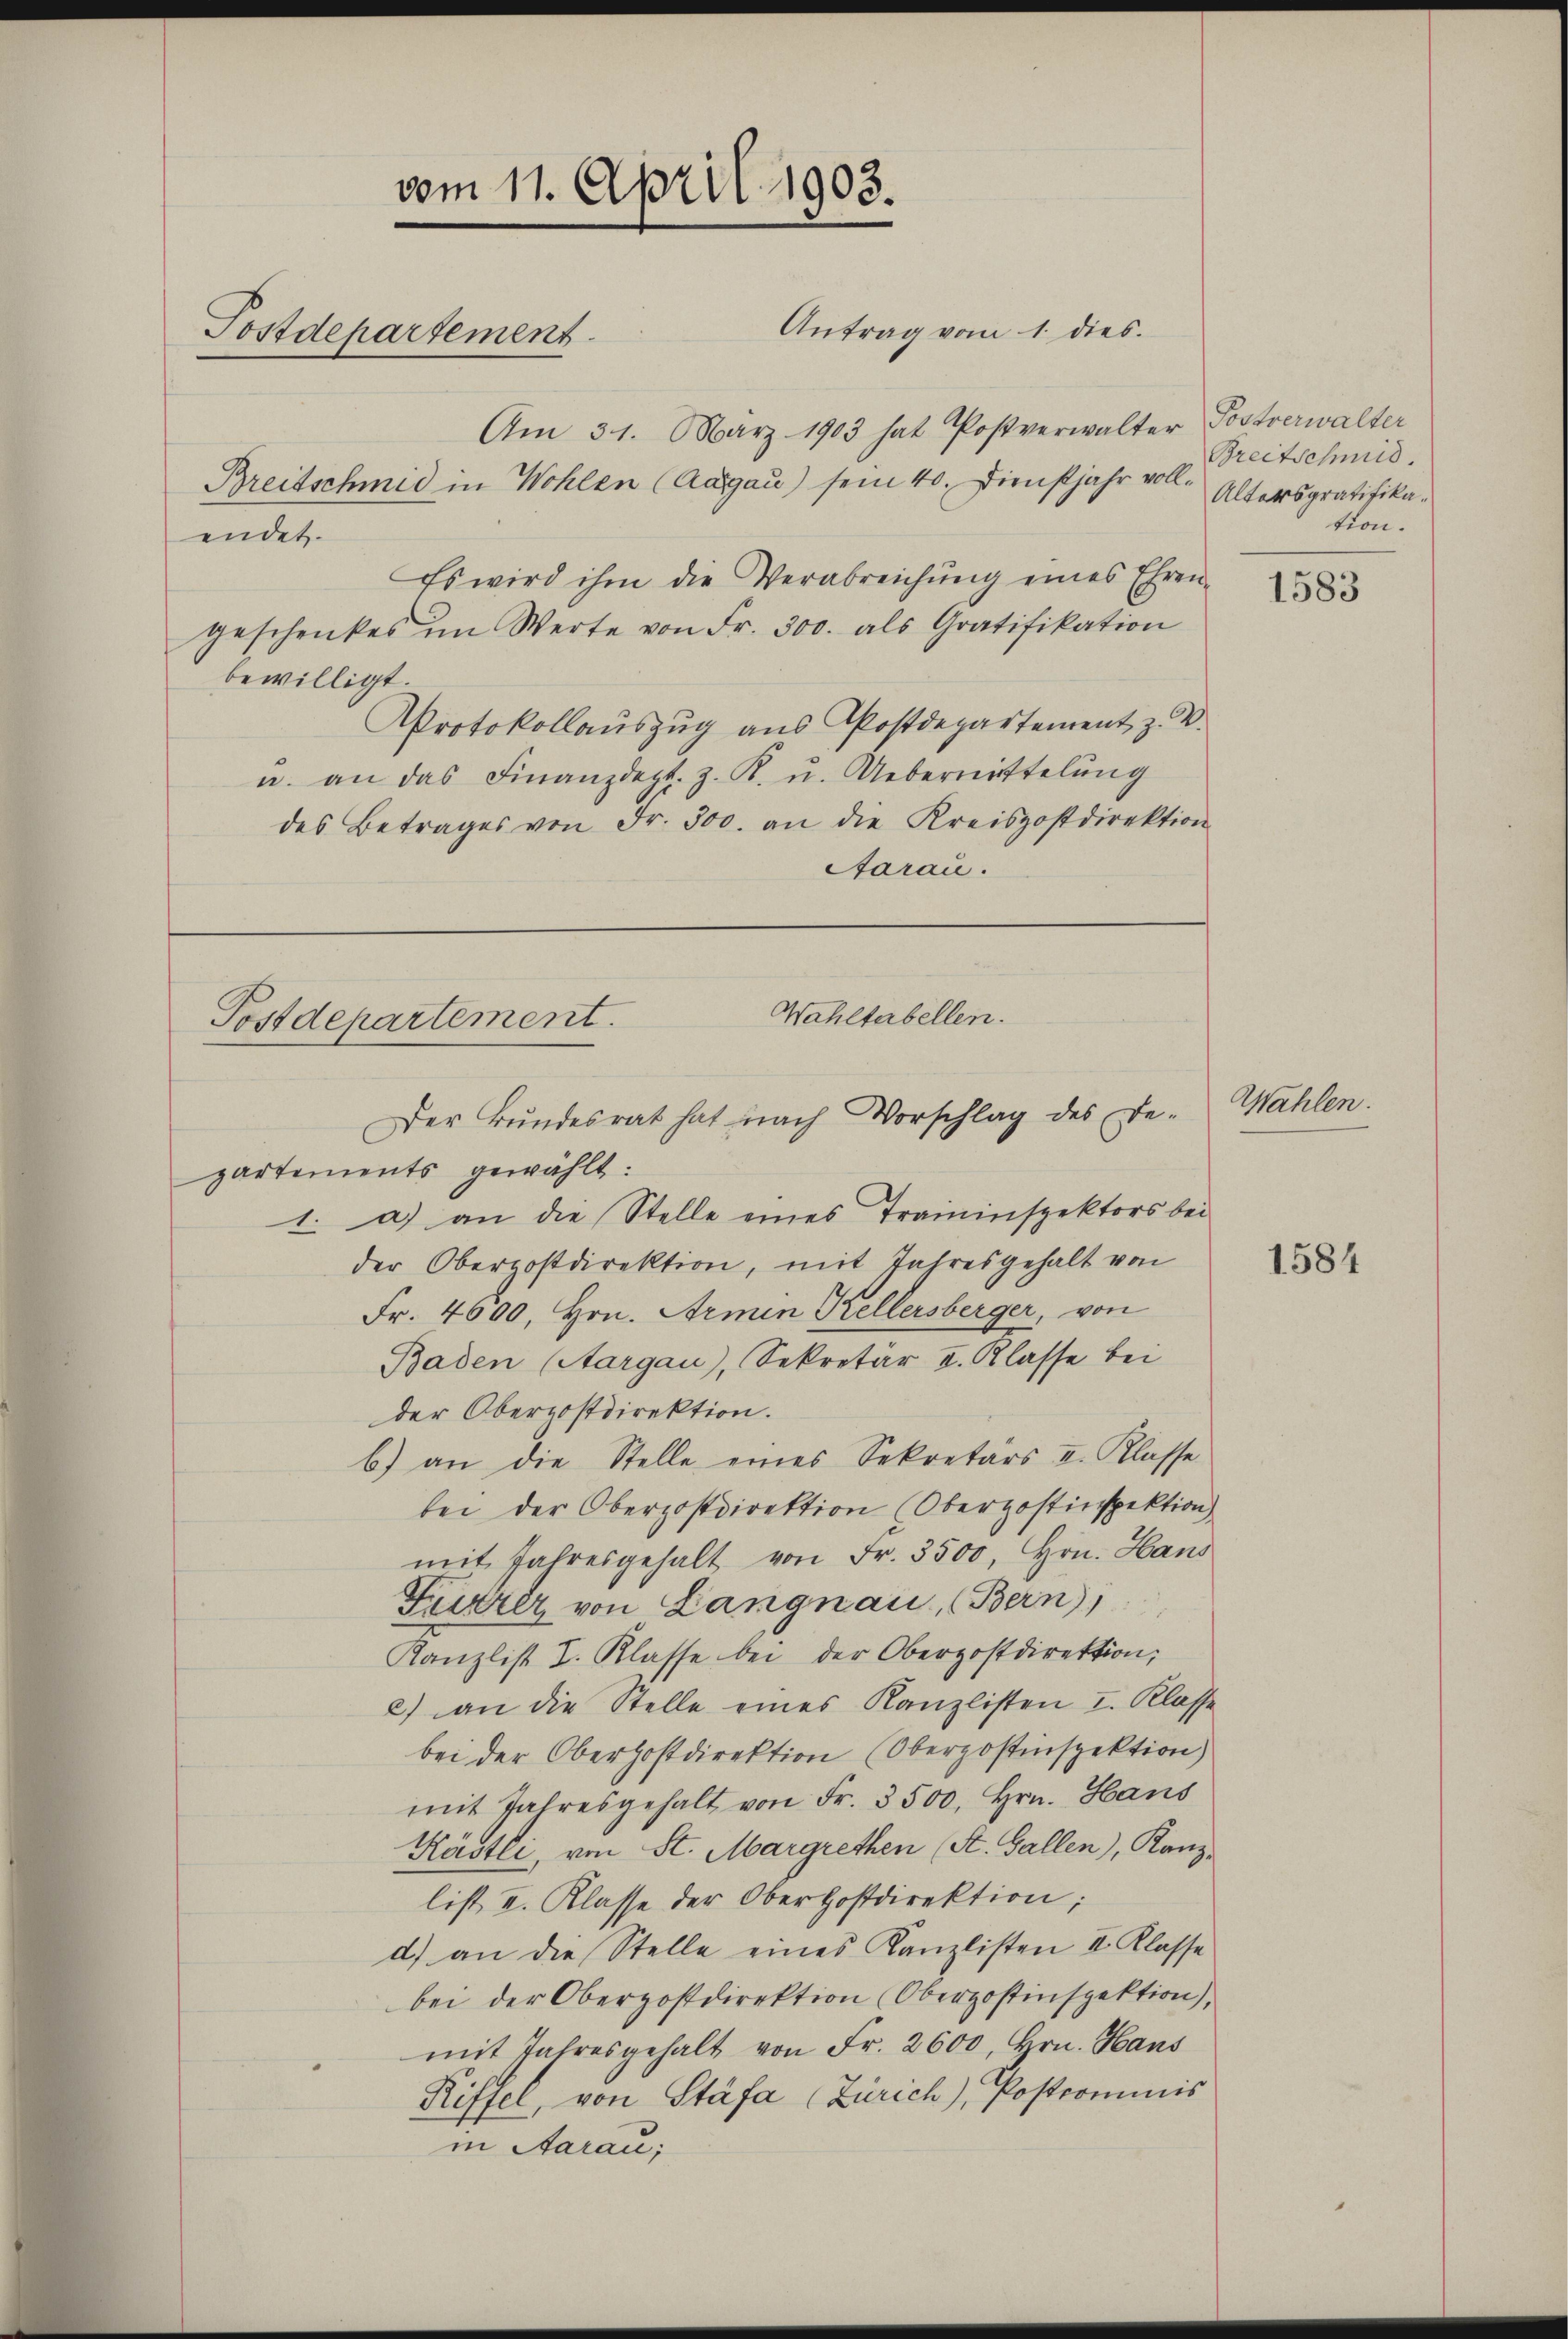
vom 11. April 1903.
Antrag vom 1. dies.
Postdepartement
Am 31. März 1903 hat Postverwalter Postverwalter
Breitschmid in Wohlen (Aargau) sein 40. Dienstjahr voll- Altersgratifikaendet.

Es wird ihm die Verabreichŭng eines Ehren-
geschenkes im Werte von Fr. 300. als Gratifikation
bewilligt
AProtokollauszug aus Postdepartement z. B.
u. an das Finanzdept. z. R. u. Uebermittelung
des Betrages von Fr. 300. an die Kreispostdirektion
Aarau.

Wahltabellen.
Postdepartement.
Der Bŭndesrat hat nach Vorschlag des Be- Wahlen.

partements gewählt:
1. a) an die Stelle eines Traininspektors bei
der Oberpostdirektion, mit Jahresgehalt von
Fr. 4600, Hrn. Armin Kellersberger, von
Baden (Aargau), Sekretär II. Klasse bei
der Oberpostdirektion.
b) an die Stelle eines Sekretärs II. Klasse
bei der Oberpostdirektion (Oberpostinspektion)
mit Jahresgehalt von Fr. 3500, Hrn. Hans
Furrer von Langnau, (Bern)
Kanzlist I. Klasse bei der Oberpostdirektion,
2) an die Stelle eines Kanzlisten I. Klasse
bei der Oberhostdirektion (Oberpostinspektion)
mit Jahresgehalt von Fr. 3500. Hrn. Hans
Kästli, von St. Margrethen (St. Gallen), Kanz-
list II. Klasse der Oberhostdirektion;
d) an die Stelle eines Kanzlisten II. Klasse
bei der Oberpostdirektion (Oberpostinspektion),
mit Jahresgehalt von Fr. 2600, Hrn. Hans
Riffel, von Stäfa (Zürich), Postcommis
in Aarau,

Breitschmid.
tion.

1583

1584